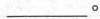
___。